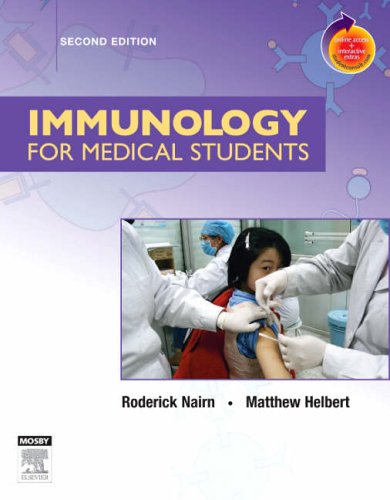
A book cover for Immunology for Medical Students: With STUDENT CONSULT Online Access, 2e (Nairn, Immunology for Medical Students); Roderick Nairn PhD; Medical Books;